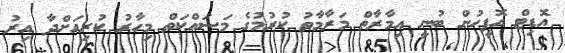
އޮޑިޓް އޮފީހުން ބުނީ އިމާރާތް މަރާމާތު ކުރުމުގެ މަސައްކަތް މިހާރު ކުރިއަށްދާ އިރު